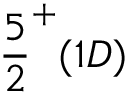
{ \frac { 5 } { 2 } } ^ { + } ( 1 D )